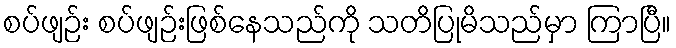
စပ်ဖျဉ်း စပ်ဖျဉ်းဖြစ်နေသည်ကို သတိပြုမိသည်မှာ ကြာပြီ။